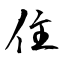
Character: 住